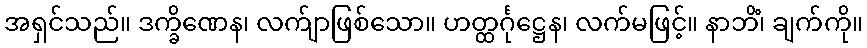
အရှင်သည်။ ဒက္ခိဏေန၊ လက်ျာဖြစ်သော။ ဟတ္ထင်္ဂုဋ္ဌေန၊ လက်မဖြင့်။ နာဘိံ၊ ချက်ကို။